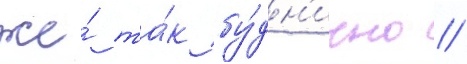
же́ та́к бу́дн'ично //